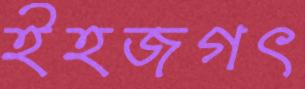
ইহজগৎ